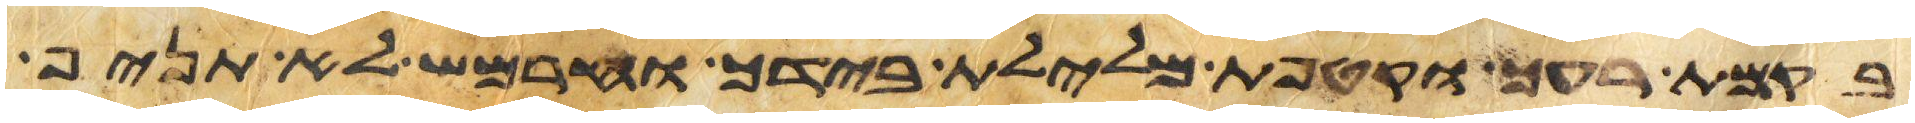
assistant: בקמת רעך וקטפת מלילת בידך וחרמש לא תניף